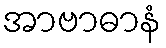
အာဗာဓာနံ